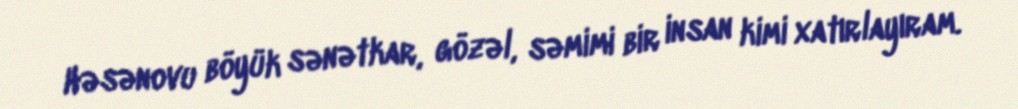
Həsənovu böyük sənətkar, gözəl, səmimi bir insan kimi xatırlayıram.